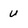
Character: U